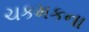
ચકમકના